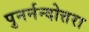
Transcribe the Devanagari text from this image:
पुनर्नन्दोत्तरा